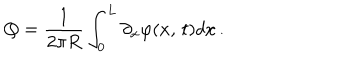
Q = \frac { 1 } { 2 \pi R } \int _ { 0 } ^ { L } \partial _ { x } \varphi ( x , \, t ) d x \, .